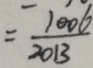
= \frac { 1 0 0 6 } { 2 0 1 3 }